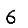
Digit: 6